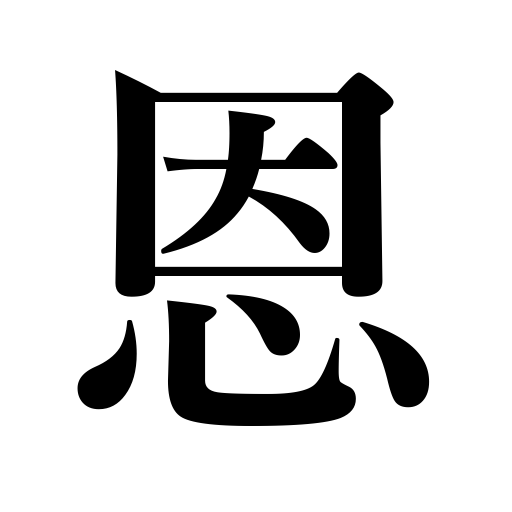
Meanings: kindness,mercy,benefit,blessing,goodness,favor